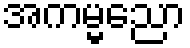
အကမ္မညော